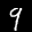
Label: 9